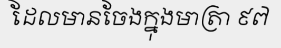
ដែលមានចែងក្នុងមាត្រា ៩៧